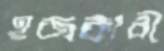
হজকারী